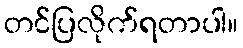
တင်ပြလိုက်ရတာပါ။